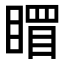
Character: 𥉞